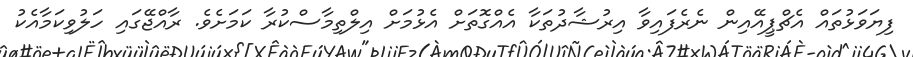
ފިޔަވަޅުތައް އެޗްޕީއޭއިން ނެރެފައިވާ އިރުޝާދުތަކާ އެއްގޮތަށް އެޅުމަށް އިލްތިމާސްކުރާ ކަމަށެވެ. ރާއްޖޭގައި ހަލުވިކަމާއެކު